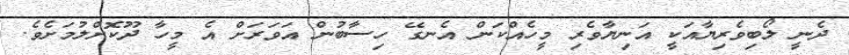
ދެނީ ލޯބިވެރިޔާއަކީ އަނިޔާވެރި މީހެއްކަން އެނގޭ ހިސާބުން އަވަރަށް އެ މީހާ ދޫކޮށްލުމަށެވެ.